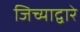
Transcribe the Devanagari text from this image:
जिच्याद्वारे